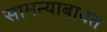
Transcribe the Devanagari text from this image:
सामन्याबाबत